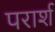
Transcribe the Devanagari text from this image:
परार्श